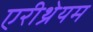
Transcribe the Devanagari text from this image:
एरीथ्रेयम